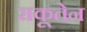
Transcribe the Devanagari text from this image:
राकूतेन